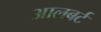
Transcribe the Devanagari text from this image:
आलबर्ट